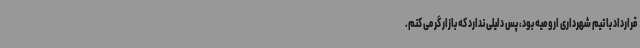
قرارداد با تیم شهرداری ارومیه بود، پس دلیلی ندارد که بازار گرمی کنم.